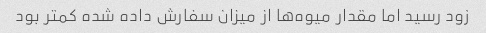
زود رسید اما مقدار میوه‌ها از میزان سفارش داده شده کمتر بود